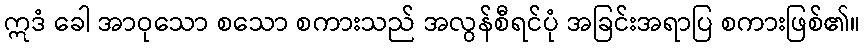
ဣဒံ ခေါ အာဝုသော စသော စကားသည် အလွန်စီရင်ပုံ အခြင်းအရာပြ စကားဖြစ်၏။